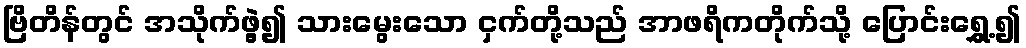
ဗြိတိန်တွင် အသိုက်ဖွဲ့၍ သားမွေးသော ငှက်တို့သည် အာဖရိကတိုက်သို့ ပြောင်းရွှေ့၍